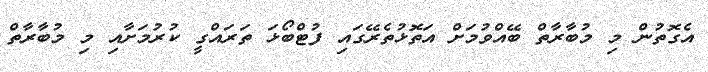
އެގޮތުން މި މުބާރާތް ބޭއްވުމަށް އަތޮޅުތެރޭގައި ފުޓްބޯޅަ ތަރައްގީ ކުރުމަށާއި މި މުބާރާތް